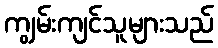
ကျွမ်းကျင်သူများသည်